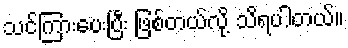
သင်ကြားပေးပြီး ဖြစ်တယ်လို့ သိရပါတယ်။